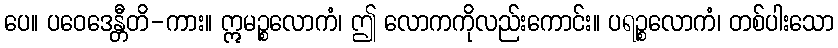
ပေ။ ပဝေဒေန္တီတိ-ကား။ ဣမဉ္စလောကံ၊ ဤ လောကကိုလည်းကောင်း။ ပရဉ္စလောကံ၊ တစ်ပါးသော